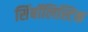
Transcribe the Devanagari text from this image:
सिंबॉलिस्टिक